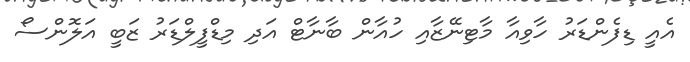
އެއީ ޑިފެންޑަރު ހާވިއާ މާޓިނޭޒާއި ހުއާން ބާނާޓް އަދި މިޑްފީލްޑަރު ޒަބީ އަލޮންސޯ